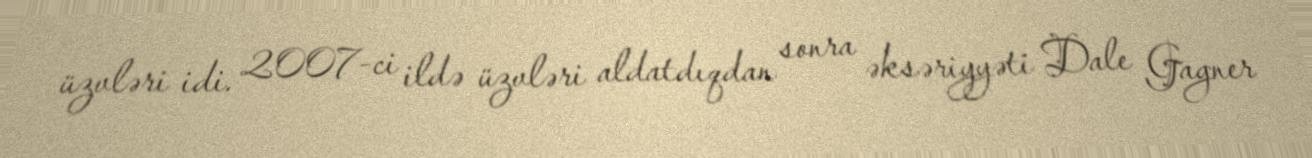
üzvləri idi. 2007-ci ildə üzvləri aldatdıqdan sonra əksəriyyəti Dale Gagner